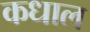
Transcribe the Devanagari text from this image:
कधाल